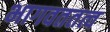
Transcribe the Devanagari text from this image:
भागवततत्व